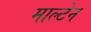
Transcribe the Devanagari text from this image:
माल्टेन